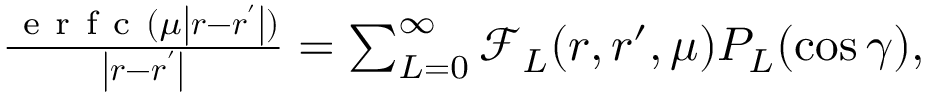
\begin{array} { r } { \frac { \mathrm { ~ e ~ r ~ f ~ c ~ } ( \mu \left| \boldsymbol { r } - \boldsymbol { r ^ { \prime } } \right| ) } { \left| \boldsymbol { r } - \boldsymbol { r ^ { \prime } } \right| } = \sum _ { L = 0 } ^ { \infty } \mathcal { F } _ { L } ( r , r ^ { \prime } , \mu ) P _ { L } ( \cos \gamma ) , } \end{array}